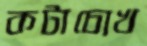
কটাচোখ